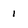
Character: 1